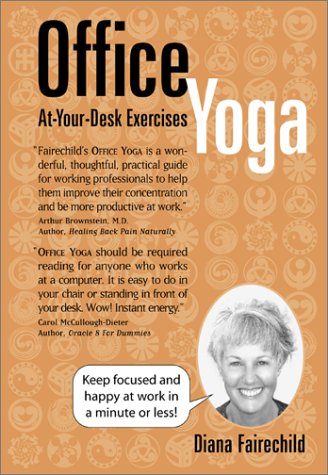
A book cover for Office Yoga: At Your Desk Exercises; Diana Fairechild; Business & Money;